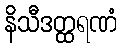
နိသီဒတ္ထရဏံ